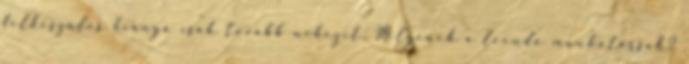
felkészülés hiánya csak tovább nehezít. Milyenek a leendő munkatársak?